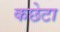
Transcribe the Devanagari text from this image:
कछेटा